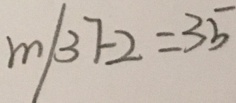
m / 3 7 - 2 = 3 5